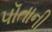
પૉતાની